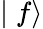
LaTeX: \mid f\rangle